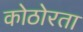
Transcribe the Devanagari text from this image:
कोठोरता